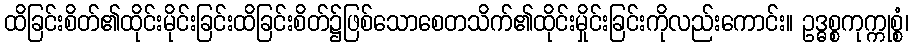
ထိခြင်းစိတ်၏ထိုင်းမိုင်းခြင်းထိခြင်းစိတ်၌ဖြစ်သောစေတသိက်၏ထိုင်းမှိုင်းခြင်းကိုလည်းကောင်း။ ဥဒ္ဓစ္စကုက္ကုစ္စံ၊